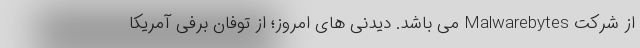
از شرکت Malwarebytes می باشد. دیدنی های امروز؛ از توفان برفی آمریکا